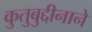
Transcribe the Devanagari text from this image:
कुतुबुद्दीनाने